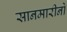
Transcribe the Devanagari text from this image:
सानमारीनो